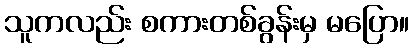
သူကလည်း စကားတစ်ခွန်းမှ မပြော။